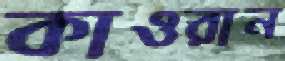
কাওরান